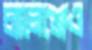
চ্যালেঞ্জেও